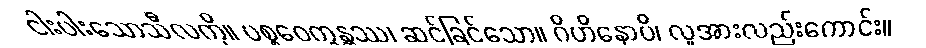
ငါးပါးသောသီလကို။ ပစ္စဝေက္ခန္တဿ၊ ဆင်ခြင်သော။ ဂိဟိနောပိ၊ လူအားလည်းကောင်း။